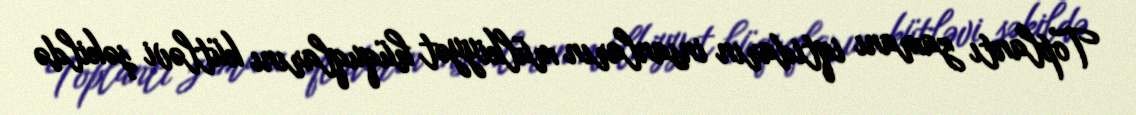
Toplantı zamanı iqtidarın insanların mülkiyyət hüquqlarını kütləvi şəkildə